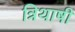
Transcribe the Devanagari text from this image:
त्रिथाषी